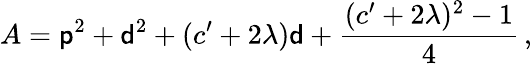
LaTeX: A={\sf p}^{2}+{\sf d}^{2}+(c^{\prime}+2\lambda){\sf d}+\frac{(c^{\prime}+2\lambda)^{2}-1}{4}\, ,